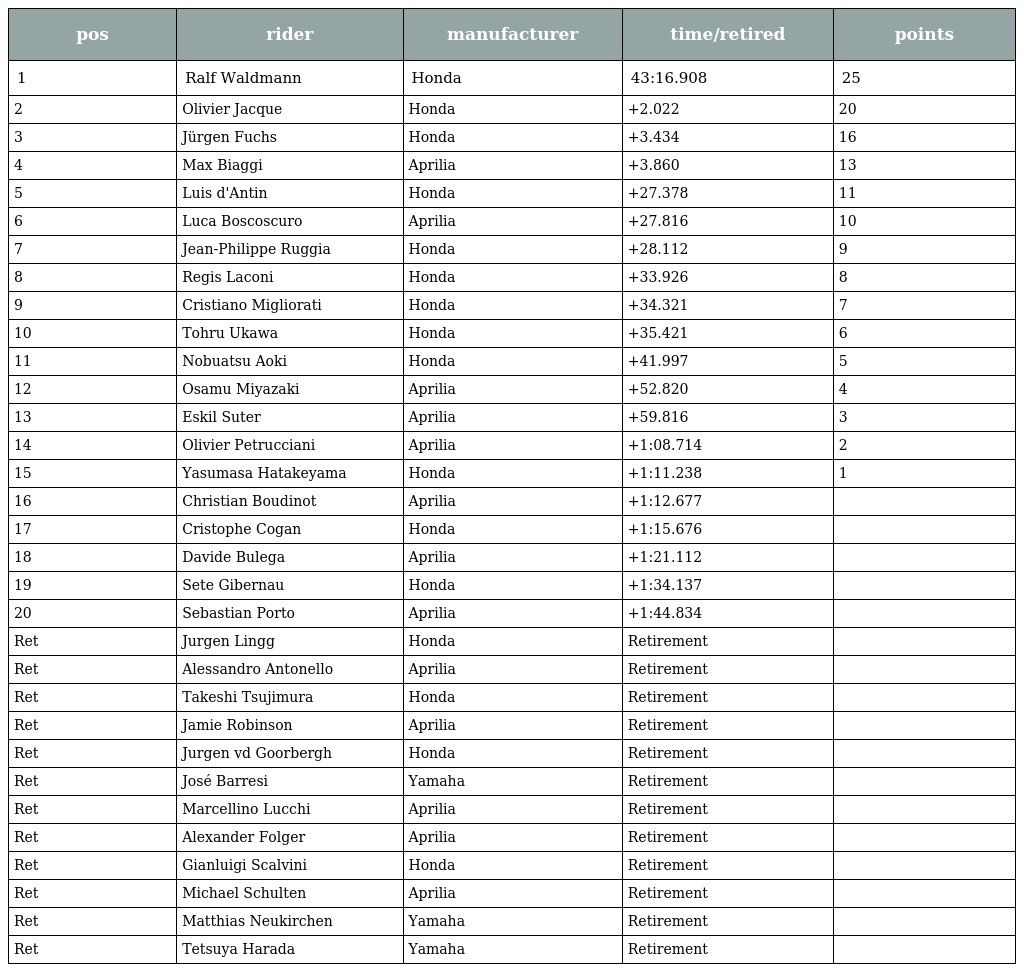
| pos | rider | manufacturer | time/retired | points |
 | --- | --- | --- | --- | --- |
 | 1 | Ralf Waldmann | Honda | 43:16.908 | 25 |
 | 2 | Olivier Jacque | Honda | +2.022 | 20 |
 | 3 | Jürgen Fuchs | Honda | +3.434 | 16 |
 | 4 | Max Biaggi | Aprilia | +3.860 | 13 |
 | 5 | Luis d'Antin | Honda | +27.378 | 11 |
 | 6 | Luca Boscoscuro | Aprilia | +27.816 | 10 |
 | 7 | Jean-Philippe Ruggia | Honda | +28.112 | 9 |
 | 8 | Regis Laconi | Honda | +33.926 | 8 |
 | 9 | Cristiano Migliorati | Honda | +34.321 | 7 |
 | 10 | Tohru Ukawa | Honda | +35.421 | 6 |
 | 11 | Nobuatsu Aoki | Honda | +41.997 | 5 |
 | 12 | Osamu Miyazaki | Aprilia | +52.820 | 4 |
 | 13 | Eskil Suter | Aprilia | +59.816 | 3 |
 | 14 | Olivier Petrucciani | Aprilia | +1:08.714 | 2 |
 | 15 | Yasumasa Hatakeyama | Honda | +1:11.238 | 1 |
 | 16 | Christian Boudinot | Aprilia | +1:12.677 |  |
 | 17 | Cristophe Cogan | Honda | +1:15.676 |  |
 | 18 | Davide Bulega | Aprilia | +1:21.112 |  |
 | 19 | Sete Gibernau | Honda | +1:34.137 |  |
 | 20 | Sebastian Porto | Aprilia | +1:44.834 |  |
 | Ret | Jurgen Lingg | Honda | Retirement |  |
 | Ret | Alessandro Antonello | Aprilia | Retirement |  |
 | Ret | Takeshi Tsujimura | Honda | Retirement |  |
 | Ret | Jamie Robinson | Aprilia | Retirement |  |
 | Ret | Jurgen vd Goorbergh | Honda | Retirement |  |
 | Ret | José Barresi | Yamaha | Retirement |  |
 | Ret | Marcellino Lucchi | Aprilia | Retirement |  |
 | Ret | Alexander Folger | Aprilia | Retirement |  |
 | Ret | Gianluigi Scalvini | Honda | Retirement |  |
 | Ret | Michael Schulten | Aprilia | Retirement |  |
 | Ret | Matthias Neukirchen | Yamaha | Retirement |  |
 | Ret | Tetsuya Harada | Yamaha | Retirement |  |